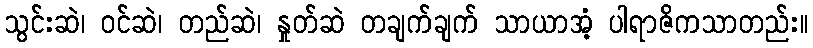
သွင်းဆဲ၊ ဝင်ဆဲ၊ တည်ဆဲ၊ နှုတ်ဆဲ တချက်ချက် သာယာအံ့ ပါရာဇိကသာတည်း။